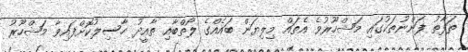
ތަފާތު ފަންނުތަކުގައި މަޝްހޫރުވެ އެތައް މިލިޔަން ބައެއްގެ ލޯތްބާއި ތާއީދު ހާސިލުކޮށްފައިވާ މަޝްހޫރު